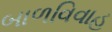
બાળવિવાહ